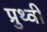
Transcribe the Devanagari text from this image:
प्रुथ्वी